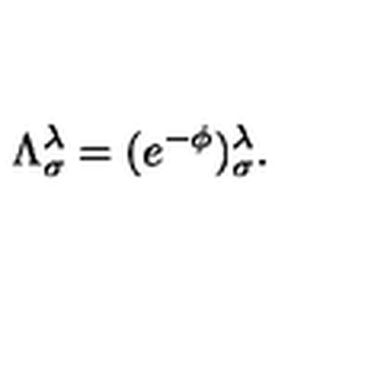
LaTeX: \Lambda ^ { \lambda } _ { \sigma } = ( e ^ { - \phi } ) _ { \sigma } ^ { \lambda } .